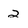
Character: 2